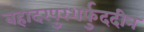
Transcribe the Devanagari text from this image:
बहादरपुरशर्फुददीन